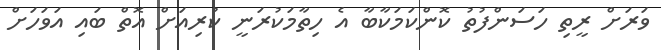
ވަރަށް ރީތި ހަސަންފުތު ކޮންކަމަކާބާ އެ ހިތާމަކުރަނީ ކުރިއަށް އޮތް ބައި އަވަހަށް